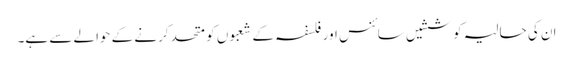
ان کی حالیہ کوششیں سائنس اور فلسفہ کے شعبوں کو متحد کرنے کے حوالے سے ہے۔